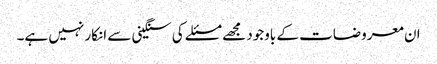
ان معروضات کے باوجود مجھے مسئلے کی سنگینی سے انکار نہیں ہے۔